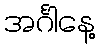
အင်္ဂါနေ့